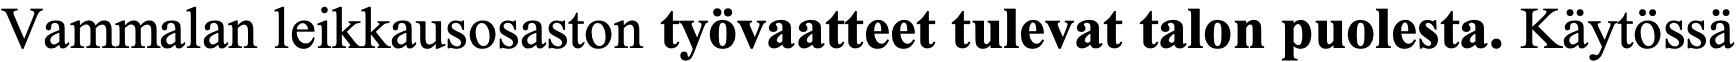
Vammalan leikkausosaston työvaatteet tulevat talon puolesta. Käytössä